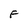
Character: F